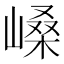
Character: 𫶐